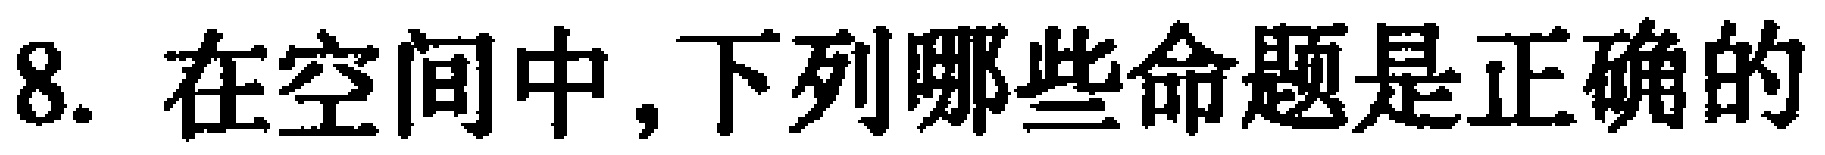
8. 在空间中,下列哪些命题是正确的